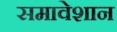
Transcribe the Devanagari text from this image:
समावेशान